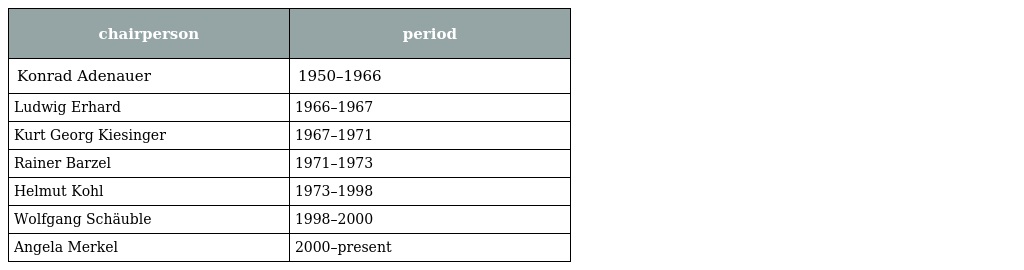
| chairperson | period |
 | --- | --- |
 | Konrad Adenauer | 1950–1966 |
 | Ludwig Erhard | 1966–1967 |
 | Kurt Georg Kiesinger | 1967–1971 |
 | Rainer Barzel | 1971–1973 |
 | Helmut Kohl | 1973–1998 |
 | Wolfgang Schäuble | 1998–2000 |
 | Angela Merkel | 2000–present |